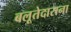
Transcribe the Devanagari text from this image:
बलूतेदाराना